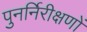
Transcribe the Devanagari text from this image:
पुनर्निरीक्षणों